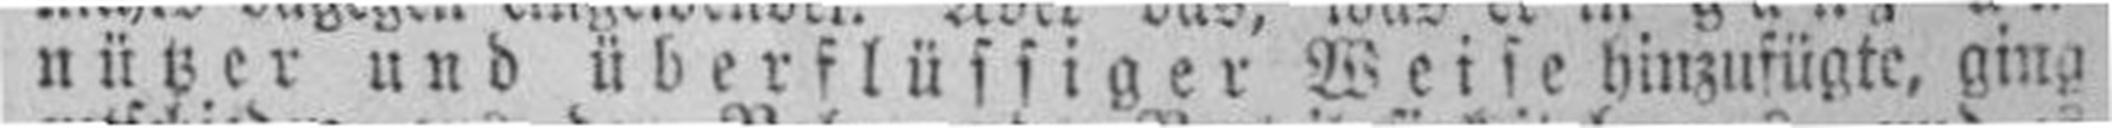
nützer und überflüssiger Weise hinzufügte, ging